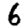
Digit: 6